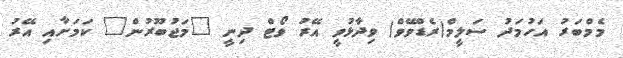
މެމްބަރު އަހުމަދު ސަލީމް(ރެޑްވޭވް) ވިދާޅުވީ އޭރު ވޯޓް ދިނީ "މަޖުބޫރުން" ކަމަށާއި އޭރު